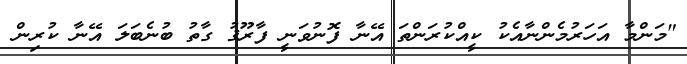
"މަންމާ އަހަރުމެންނާއެކު ކީއްކުރަންތަ އޭނާ ފޮނުވަނީ ފާރޫޤު ގާތު ބުނެބަލަ އޭނާ ކުރިން